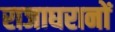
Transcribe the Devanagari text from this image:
राजाघरानों